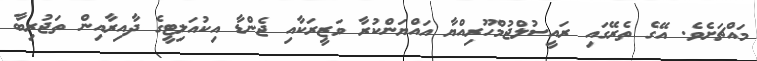
މައްޗަށެވެ. އޭގެ ތެރޭގައި ރައީސުލްޖުމްހޫރިއްޔާ އައްޔަންކުރާ ވަޒީރަކާއި ޖެންޑާ އިކުއަލިޓީގެ ދާއިރާއިން ތަޖުރިބާ